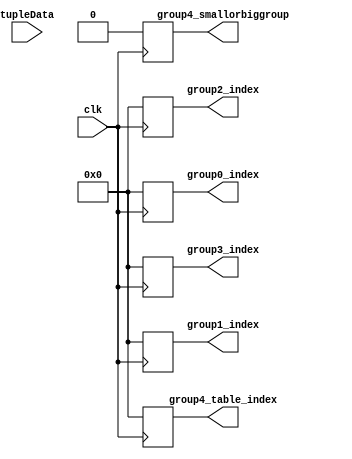

module subset3_group_index_check#(
    parameter INDEX_BIT_LEN=11,
    parameter PACKET_BIT_LEN=104
)(
    output reg [INDEX_BIT_LEN-1:0] group0_index,
    output reg [INDEX_BIT_LEN-1:0] group1_index,
    output reg [INDEX_BIT_LEN-1:0] group2_index,
    output reg [INDEX_BIT_LEN-1:0] group3_index,
    output reg [INDEX_BIT_LEN-1:0] group4_table_index,
    output reg group4_smallorbiggroup,
    
    input [PACKET_BIT_LEN-1:0] tupleData,
    input clk
 );
    
//hash related
localparam magic_num = 32'b10000000000000001000000000000001;//0x80008001

wire [59:0] index_table; 
assign index_table[59:0] = 60'b0;

always@(posedge clk)
begin
    //check if it is big group or small group
    // G0 is big group
    if(index_table[48])
       group0_index <= (tupleData[31:0] & magic_num) >> (32-INDEX_BIT_LEN);// hashkey = tupleData[31:0]
    else // G0 is samll group
       group0_index <= index_table[59:49];
 
    //G1 is big group
    if(index_table[36])
        group1_index <= (tupleData[63:32] & magic_num) >> (32-INDEX_BIT_LEN);// hashkey = tupleData[63:32]
    else
        group1_index <= index_table[47:37];
    
    //G2 is big group
    if(index_table[24])
        group2_index <= (tupleData[79:64] & magic_num) >> (32-INDEX_BIT_LEN);// hashkey = tupleData[63:32]
    else 
        group2_index <= index_table[35:25];
    
    //G3 is big group
    if(index_table[12])
        group3_index <= (tupleData[95:80] & magic_num) >> (32-INDEX_BIT_LEN);// hashkey = tupleData[63:32]
    else
        group3_index <= index_table[23:13];
    
    // G4 just output, let next stage to check protocol entry
    group4_table_index <= index_table[12:1];
    group4_smallorbiggroup <= index_table[0];
end
endmodule